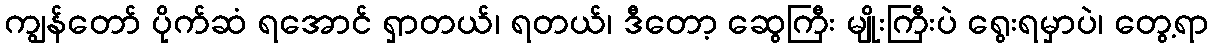
ကျွန်တော် ပိုက်ဆံ ရအောင် ရှာတယ်၊ ရတယ်၊ ဒီတော့ ဆွေကြီး မျိုးကြီးပဲ ရွေးရမှာပဲ၊ တွေ့ရာ